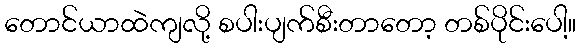
တောင်ယာထဲကျလို့ စပါးပျက်စီးတာတော့ တစ်ပိုင်းပေါ့။